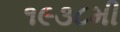
૧૯૩૮મી